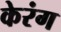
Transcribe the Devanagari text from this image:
केरंग